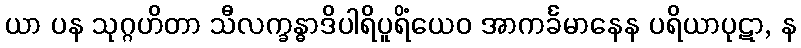
ယာ ပန သုဂ္ဂဟိတာ သီလက္ခန္ဓာဒိပါရိပူရိံယေဝ အာကင်္ခမာနေန ပရိယာပုဋာ, န